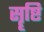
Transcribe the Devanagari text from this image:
सॄष्टि